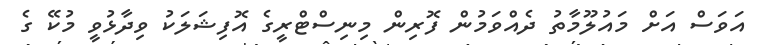
އަވަސް އަށް މައުލޫމާތު ދެއްވަމުން ފޮރިން މިނިސްޓްރީގެ އޮފިޝަލަކު ވިދާޅުވީ މުކޭ ގެ